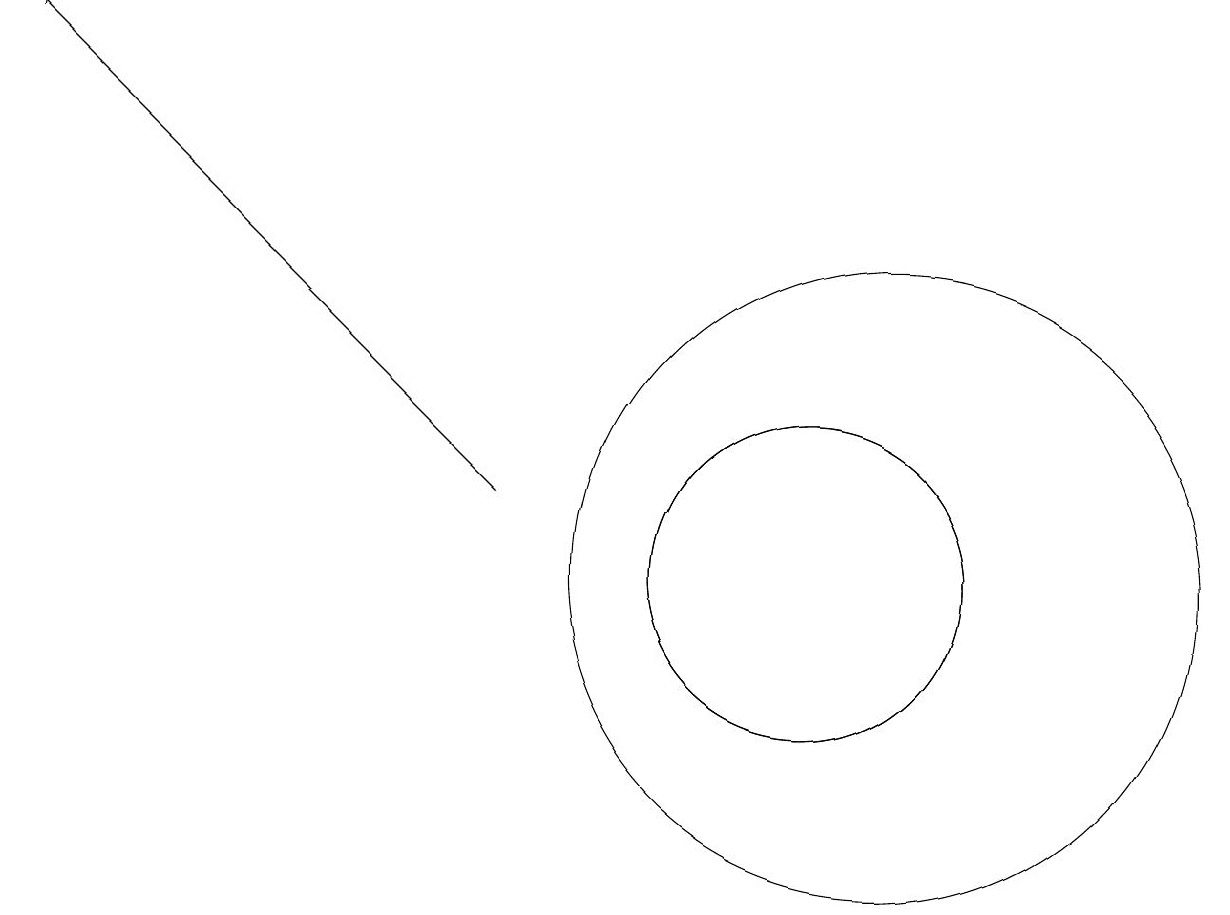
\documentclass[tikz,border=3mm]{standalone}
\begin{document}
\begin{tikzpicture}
\draw (10,10) circle (2);
\draw (10,10) circle (2);
\draw (11,10) circle (4);
\draw[->] (6,11) -- (0,17);
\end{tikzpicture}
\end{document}